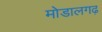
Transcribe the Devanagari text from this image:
मोडालगढ़